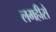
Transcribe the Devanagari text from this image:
लमहीसे